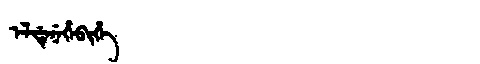
Manchu: ᡝᠯᡩᡝᠨᡝᡥᡝᠪᡳᡥᡝ
Romanization: ELDENEHEBIHE